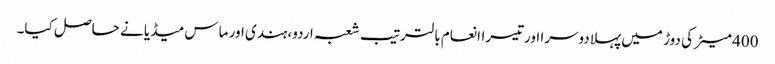
400 میٹر کی دوڑ میں پہلادوسرا اورتیسراانعام بالترتیب شعبہ اردو،ہندی اور ماس میڈیا نے حاصل کیا۔